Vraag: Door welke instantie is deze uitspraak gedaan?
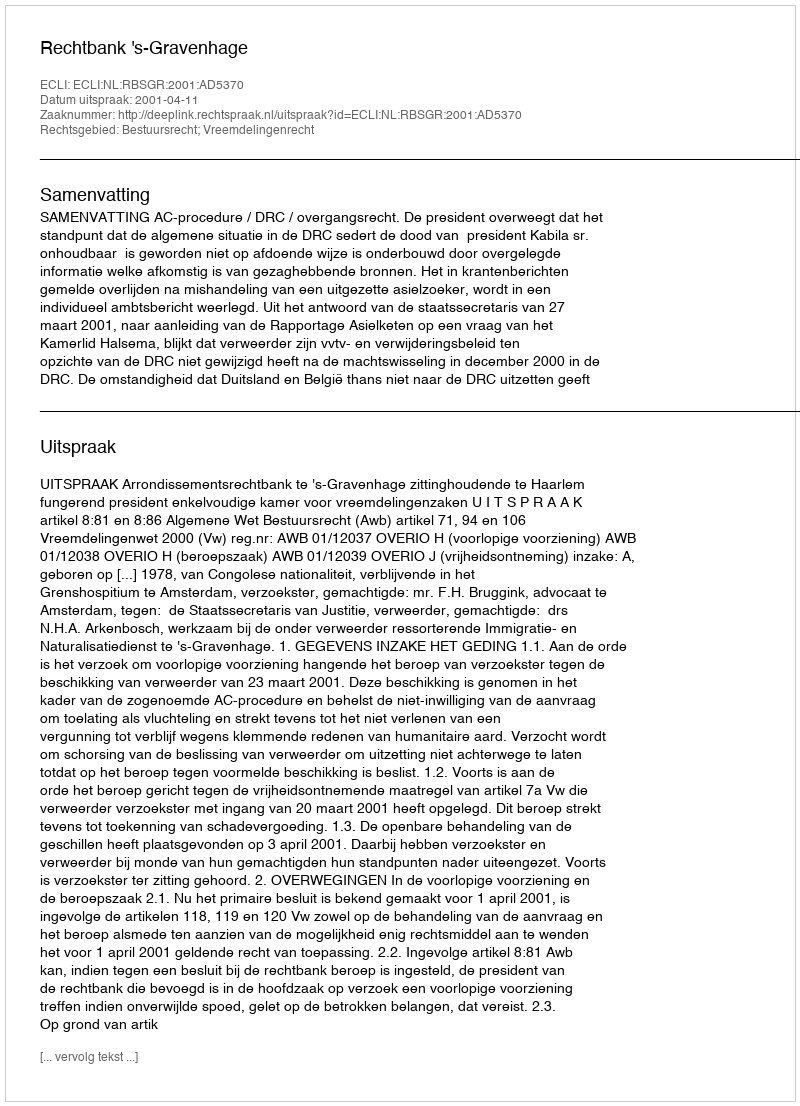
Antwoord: Rechtbank 's-Gravenhage